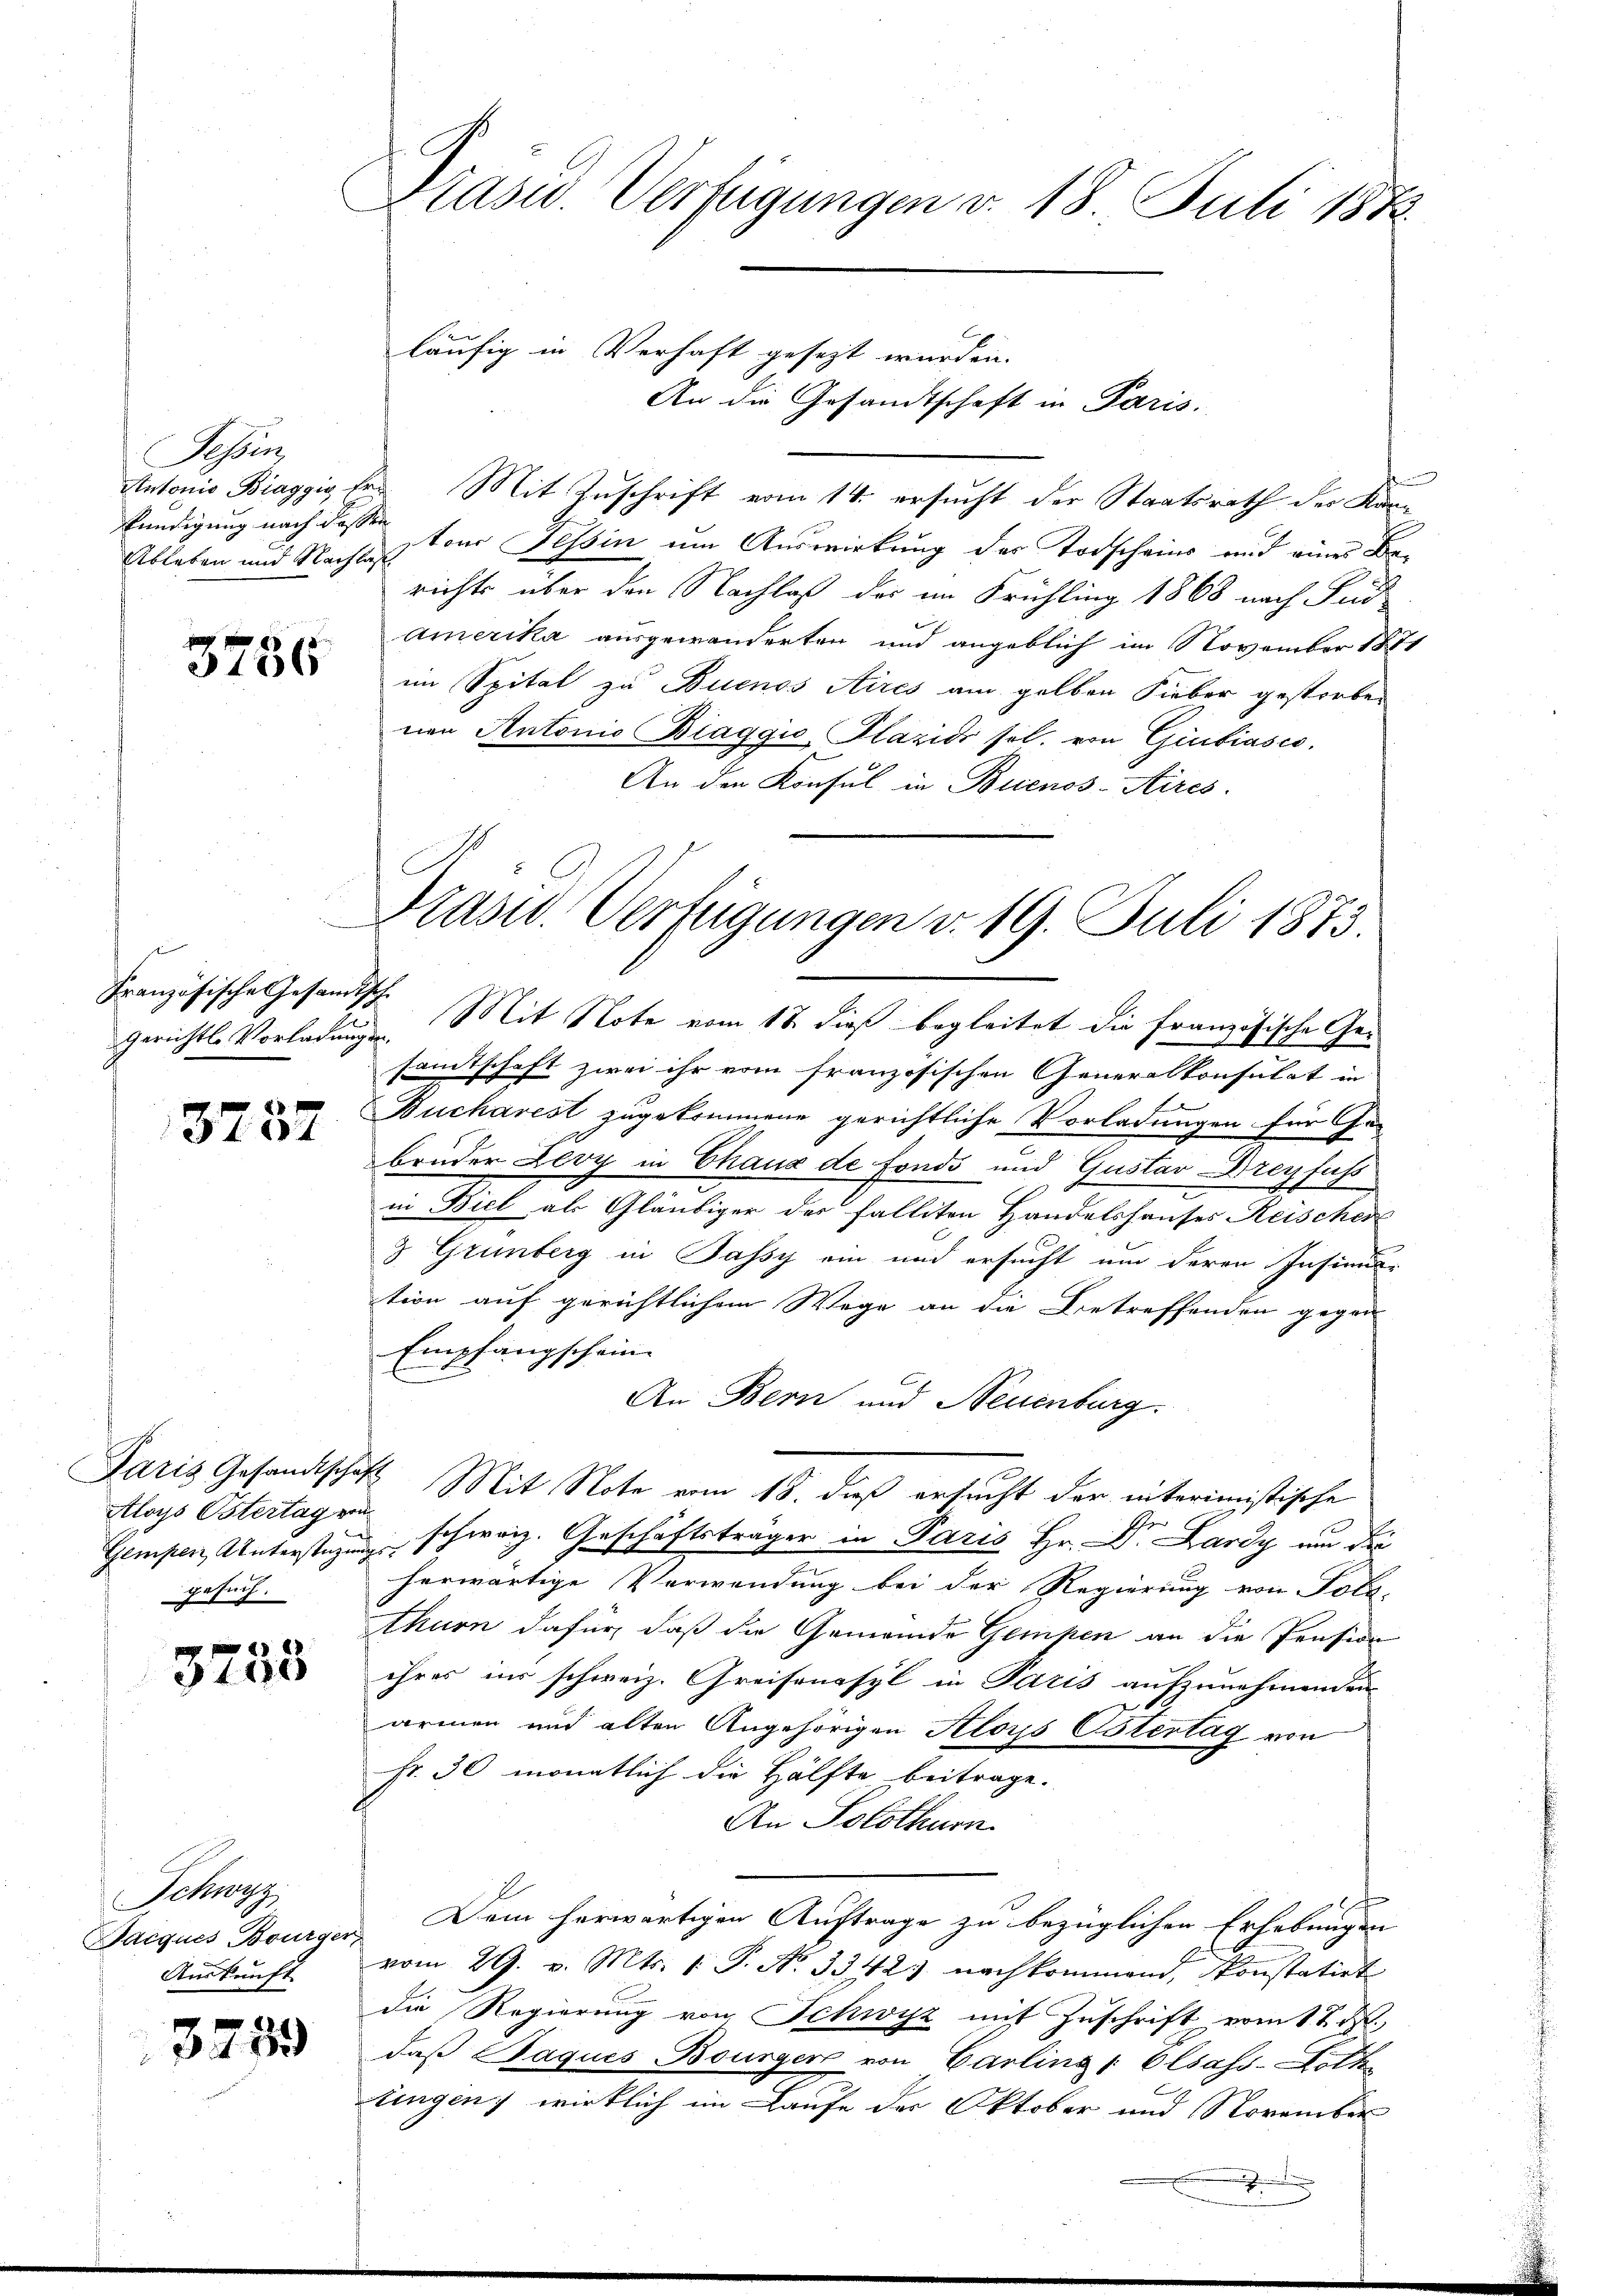
Fessen,
Stutonio Biaggig v
kündigung nach das
Ableben und Nachla

3756

Französische Gesandtsche

3757

Aloys Ostertag von
gesuch.

3733

Schwyz
Bacques Bourger,
Auskunft

3759

Präsid. Verfügungen v. 18 Juli 1883.
läufig in Verhaft gesezt wurden.

des Mit Zuschrift vom 14. ersucht der Staatsrath der Kan¬
S
 ton Tessin um Auswirkung des Todscheins und eines Berichts über den Nachlaß der im Frühling 1868 nach Fud
Amerika ausgewanderten und angeblich im November 1881
im Spital zu Buenos Aires am gelben Fieber gestorben
nen Antonio Biaggić-Plazidi sel. von Giubiasco
An den Konsul in Buenos-Aires.
Präsid. Verfügungen v. 19. Juli 1873.

Gerichts-Vorladungen. Mit Note vom 18. dieß begleitet die französische Gesamtschaft zwei ihr vom französischen Generalkonsulat in
Bucharest zugekommene gerichtliche Vorladungen für Gebruder Zevy in Chaux de fonds und Gustav Dreyfuss
in Biel als Gläubiger des falliten Handelshauses Reischer
3 Grünberg in Passy ein und ersucht um deren Insinution auf gerichtlichem Wege an die Betreffenden gegen
Empfangschein
An Bern und Neuenburg.
Paris Gesandtschaft Mit Note vom 18. daß ersucht der interimistische
Gempen, Unterstüzung schweiz. Geschäftsträger in Paris Hr. Dr. Lardy um die
herwärtige Verwendung bei der Regierung von Tolz-
thurn dafür, daß die Gemeinde Gempen an die Pension
ihres ins schweiz. Greifenasyl in Paris aufzunehmenden
armen und alten Angehörigen Aloys Östertag von
Fr. 30 monatlich die Hälfte beitrage.
An Solothurn.
Dem herwärtigen Auftrage zu bezüglichen Erhebungen
vom 29. v. Mts. 1. P. No. 3342. nachkommend, konstatirt
die Regierung von Schwyz mit Zuschrift vom 1 t d.
daß Paques Bourger von Carling " Elsass-Lott
tingen, wirklich im Laufe der Oktober und November

An die Gesandtschaft in Paris.

1